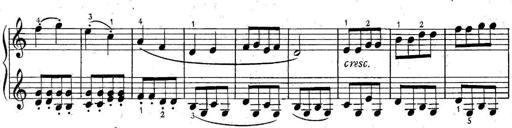
Title: 6 Easy Sonatinas
Composer: Carl Czerny